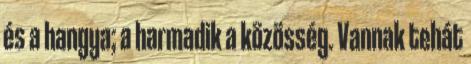
és a hangya; a harmadik a közösség. Vannak tehát